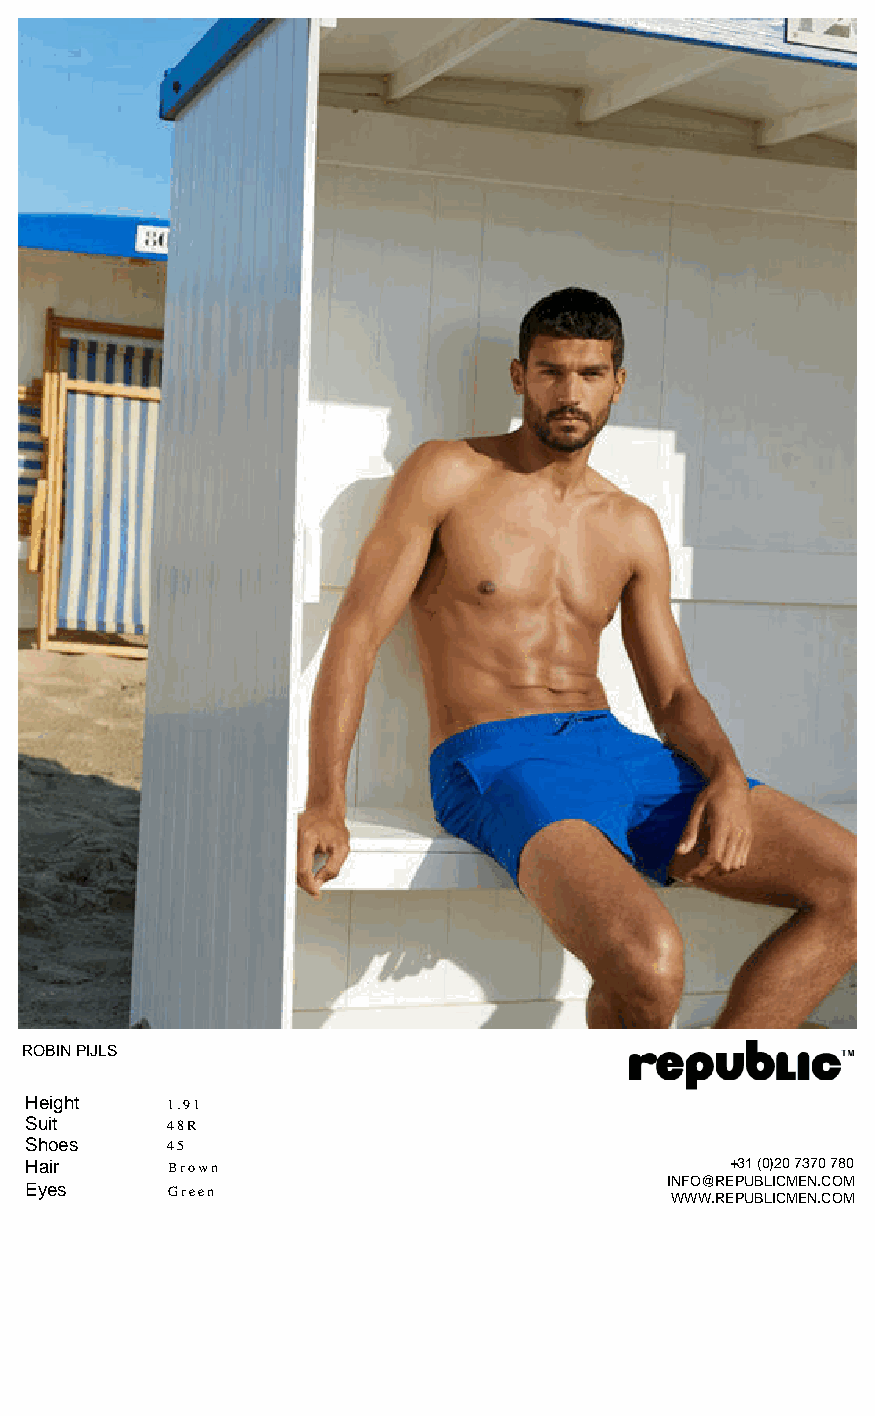
ROBIN PIJLS
 Height   1.91
 Suit     48R
 Shoes    45
 Hair     Brown                                +31 (0)20 7370 780
 INFO@REPUBLICMEN.COM
 Eyes     Green
 WWW.REPUBLICMEN.COM